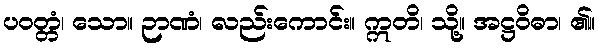
ပဝတ္တံ၊ သော။ ဉာဏံ၊ လည်းကောင်း။ ဣတိ၊ သို့။ အဋ္ဌဝိဓာ၊ ၏။